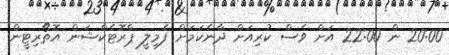
20:00 ން 22:00 އަށް ވެސް ކުރިއަށް ދާނެކަމަށް ފެމިލީ ޕްރޮޓެކްޝަން އޮތޯރިޓީން